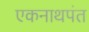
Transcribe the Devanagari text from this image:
एकनाथपंत